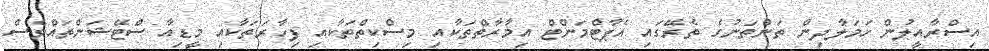
އިސްރާއީލުން ހަމަލާދިން ތަންތަނުގެ ތެރޭގައި އެޕާޓްމަންޓް އިމާރާތްތަކާއި މިސްކިތްތަކާއި ފިހާރަތަކާއި މީޑިއާ ސްޓޭޝަންތައްވެސް